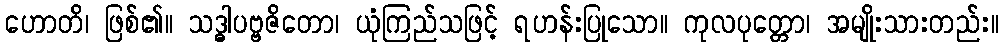
ဟောတိ၊ ဖြစ်၏။ သဒ္ဓါပဗ္ဗဇိတော၊ ယုံကြည်သဖြင့် ရဟန်းပြုသော။ ကုလပုတ္တော၊ အမျိုးသားတည်း။